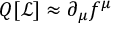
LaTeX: Q [ { \mathcal { L } } ] \approx \partial _ { \mu } f ^ { \mu }